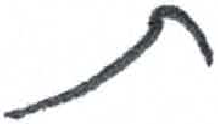
אות: ת